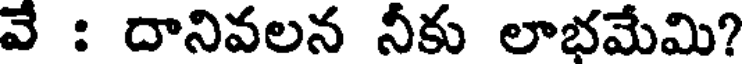
వే : దానివలన నీకు లాభమేమి?